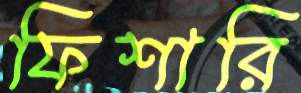
ফিশারি